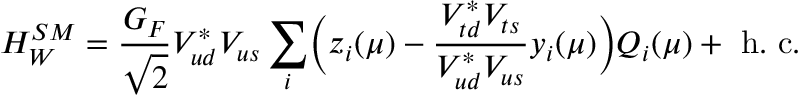
H _ { W } ^ { S M } = { \frac { G _ { F } } { \sqrt { 2 } } } V _ { u d } ^ { * } V _ { u s } \sum _ { i } \biggl ( z _ { i } ( \mu ) - { \frac { V _ { t d } ^ { * } V _ { t s } } { V _ { u d } ^ { * } V _ { u s } } } y _ { i } ( \mu ) \biggr ) Q _ { i } ( \mu ) + \mathrm { ~ h . ~ c . }